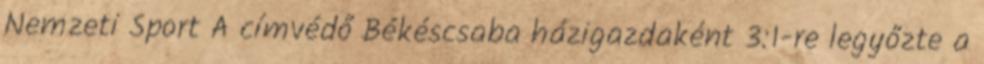
Nemzeti Sport A címvédő Békéscsaba házigazdaként 3:1-re legyőzte a